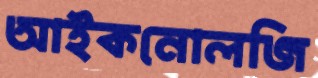
আইকনোলজি